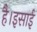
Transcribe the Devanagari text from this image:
है।इसाई